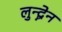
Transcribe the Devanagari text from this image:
लुन्द्ग्रेन